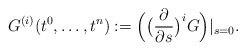
\begin{align*} G^{(i)}(t^0,\dots,t^n):= \Big(\big(\frac{\partial}{\partial s}\big)^i G\Big)|_{s=0}.\end{align*}